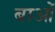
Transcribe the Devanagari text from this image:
बाओं